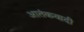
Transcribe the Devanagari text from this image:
आतंंकवादी